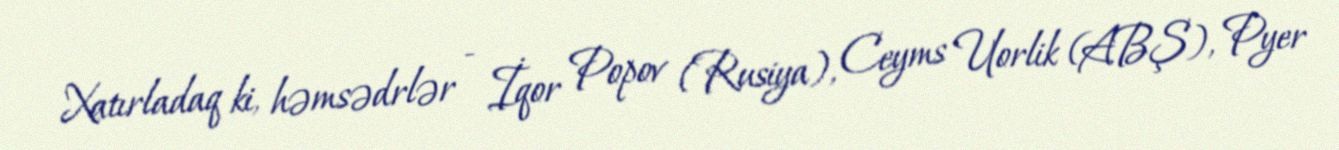
Xatırladaq ki, həmsədrlər - İqor Popov (Rusiya), Ceyms Uorlik (ABŞ), Pyer